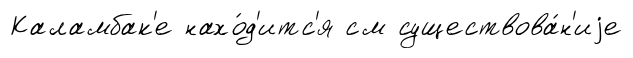
Каламбак'е нахо́д'итс'я см существова́н'иjе